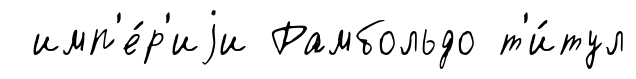
имп'е́р'иjи Рамбольдо т'и́тул